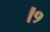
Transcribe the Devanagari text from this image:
।१